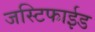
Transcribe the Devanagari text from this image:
जस्टिफाईड